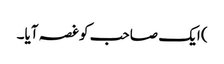
) ایک صاحب کو غصہ آیا۔